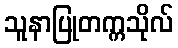
သူနာပြုတက္ကသိုလ်